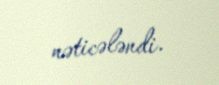
nəticələndi.